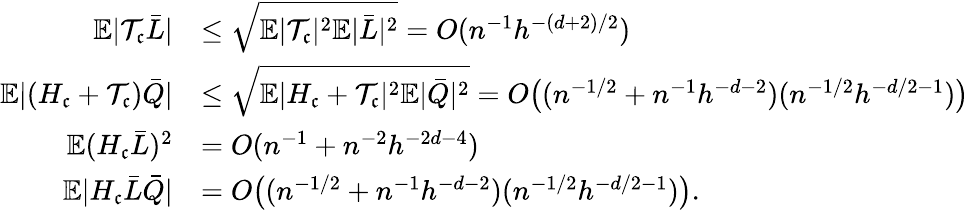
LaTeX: \begin{array}{rl}{\mathbb{E}|\mathcal{T}_{\mathfrak{c}}\bar{L}|}&{\leq\sqrt{\mathbb{E}|\mathcal{T}_{\mathfrak{c}}|^{2}\mathbb{E}|\bar{L}|^{2}}=O(n^{-1}h^{-(d+2)/2})}\\ {\mathbb{E}|(H_{\mathfrak{c}}+\mathcal{T}_{\mathfrak{c}})\bar{Q}|}&{\leq\sqrt{\mathbb{E}|H_{\mathfrak{c}}+\mathcal{T}_{\mathfrak{c}}|^{2}\mathbb{E}|\bar{Q}|^{2}}=O\big((n^{-1/2}+n^{-1}h^{-d-2})(n^{-1/2}h^{-d/2-1})\big)}\\ {\mathbb{E}(H_{\mathfrak{c}}\bar{L})^{2}}&{=O(n^{-1}+n^{-2}h^{-2d-4})}\\ {\mathbb{E}|H_{\mathfrak{c}}\bar{L}\bar{Q}|}&{=O\big((n^{-1/2}+n^{-1}h^{-d-2})(n^{-1/2}h^{-d/2-1})\big).}\end{array}